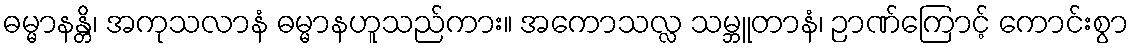
ဓမ္မာနန္တိ၊ အကုသလာနံ ဓမ္မာနဟူသည်ကား။ အကောသလ္လ သမ္ဘူတာနံ၊ ဉာဏ်ကြောင့် ကောင်းစွာ